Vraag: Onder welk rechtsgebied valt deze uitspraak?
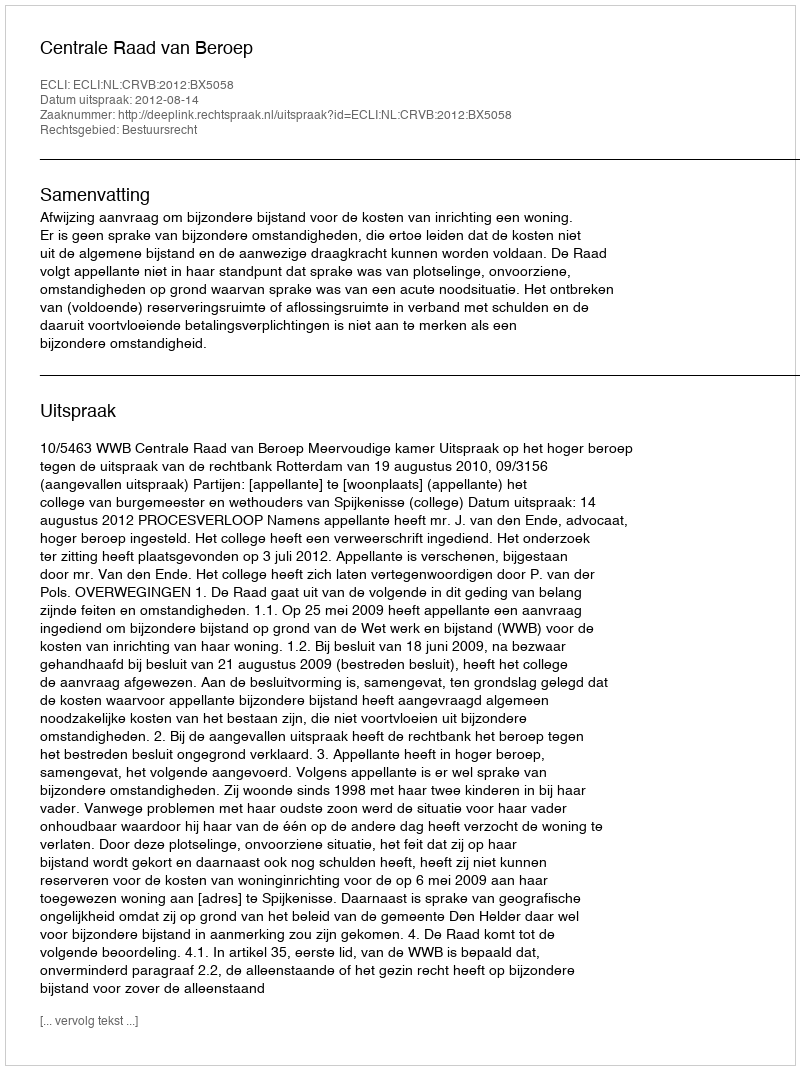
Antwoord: Bestuursrecht